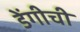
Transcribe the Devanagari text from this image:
डेंगीची